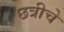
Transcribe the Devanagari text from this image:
छत्रीचे